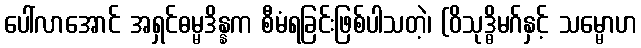
ပေါ်လာအောင် အရှင်ဓမ္မဒိန္နက စီမံရခြင်းဖြစ်ပါသတဲ့၊ (ဝိသုဒ္ဓိမဂ်နှင့် သမ္မောဟ